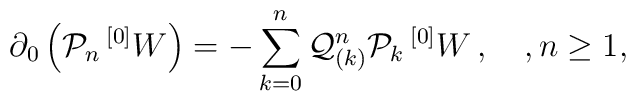
\partial_0 \left( {\mathcal P}_n \, {^{[0]}W} \right) =    - \sum_{k=0}^n {\mathcal Q}^n_{(k)} {\mathcal P}_k\,{^{[0]}W}\, ,    \quad, n\geq 1,